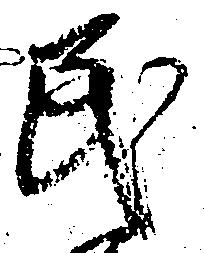
民